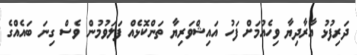
ދަރިފުޅު އާރާދިޔާ ވިހެއުމަށް ފަހު އައިޝްވަރިޔާ ތަންކޮޅެއް ފަލަވުމުން ވެސް ގިނަ ބައެއްގެ